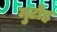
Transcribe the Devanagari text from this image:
मुटोह